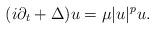
LaTeX: \begin{align*}(i \partial_t + \Delta) u = \mu |u|^{p} u.\end{align*}